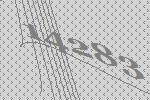
14283